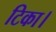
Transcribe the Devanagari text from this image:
टिका।